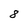
Character: 8